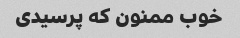
خوب ممنون که پرسیدی